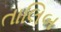
તાલિબ